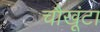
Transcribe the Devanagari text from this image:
चौखूंटा